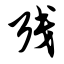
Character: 残